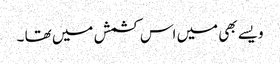
ویسے بھی میں اس کشمش میں تھا ۔